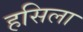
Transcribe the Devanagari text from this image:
हसिला